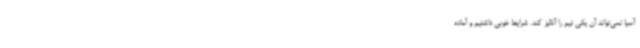
آسیا نمی‌تواند آن یکی تیم را آنالیز کند. شرایط خوبی داشتیم و آماده